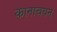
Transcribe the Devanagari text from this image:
कानाचयन